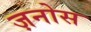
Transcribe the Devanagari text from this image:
ज़नोस